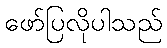
ဖော်ပြလိုပါသည်